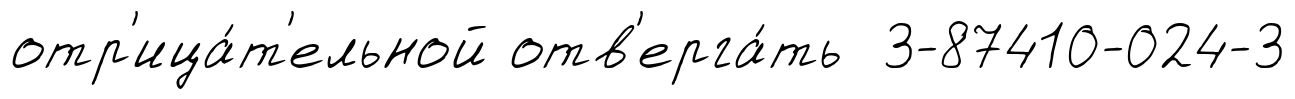
отр'ица́т'ельной отв'ерга́ть 3-87410-024-3